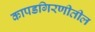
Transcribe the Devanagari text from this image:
कापडगिरणीतील